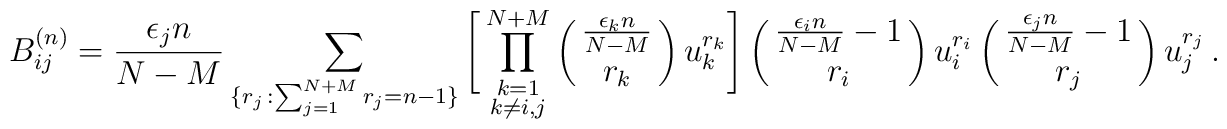
B_{ij}^{(n)} = \frac{\epsilon_j n}{N-M}\sum_{ \{ r_j\,: \sum_{j=1}^{N+M} r_j= n-1 \} }\Bigg[\prod_{ \scriptstyle k=1 \atop \scriptstyle k\neq i,j}^{N+M}\pmatrix{ \frac{\epsilon_k n}{N-M} \cr r_k } u_k^{r_k}\Bigg]\pmatrix{ \frac{\epsilon_i n}{N-M} -1 \cr r_i } u_i^{r_i}\pmatrix{ \frac{\epsilon_j n}{N-M} -1 \cr r_j } u_j^{r_j}\,.